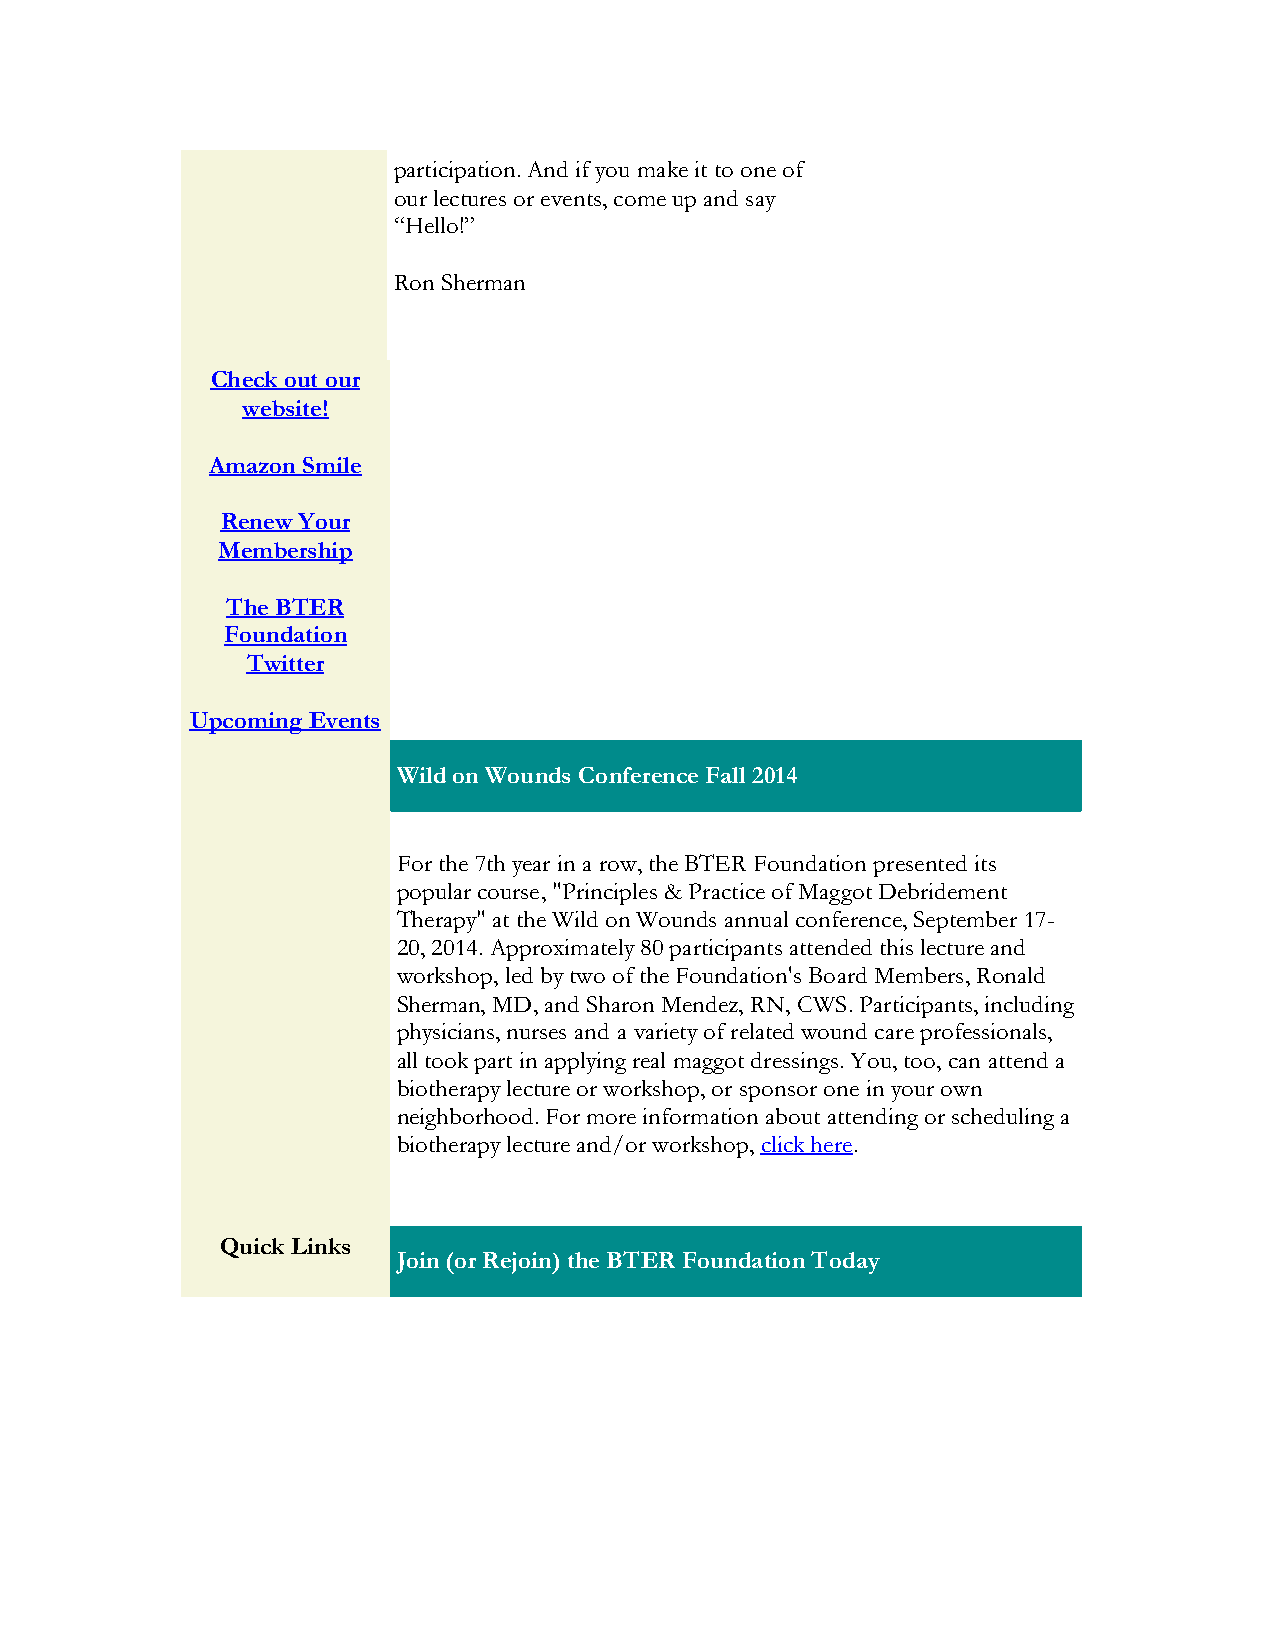
participation. And if you make it to one of
 our lectures or events, come up and say
 “Hello!”
 Ron Sherman
 Check out our
 website!
 Amazon Smile
 Renew Your
 Membership
 The BTER
 Foundation
 Twitter
 Upcoming Events
 Wild on Wounds Conference Fall 2014
 For the 7th year in a row, the BTER Foundation presented its
 popular course, "Principles & Practice of Maggot Debridement
 Therapy" at the Wild on Wounds annual conference, September 17-
 20, 2014. Approximately 80 participants attended this lecture and
 workshop, led by two of the Foundation's Board Members, Ronald
 Sherman, MD, and Sharon Mendez, RN, CWS. Participants, including
 physicians, nurses and a variety of related wound care professionals,
 all took part in applying real maggot dressings. You, too, can attend a
 biotherapy lecture or workshop, or sponsor one in your own
 neighborhood. For more information about attending or scheduling a
 biotherapy lecture and/or workshop, click here.
 Quick Links
 Join (or Rejoin) the BTER Foundation Today